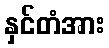
နှင်တံအား